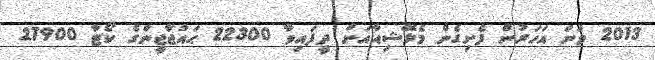
2013 ވަނަ އަހަރުން ފެށިގެން މެލޭޝިއާއަށް ދީފައިވާ 22300 ޙައްޖާޖީންގެ ކޯޓާ 27900